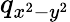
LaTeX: q_{x^{2}-y^{2}}